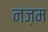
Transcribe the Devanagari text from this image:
नज़म